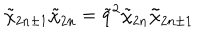
LaTeX: \tilde { \chi } _ { 2 n \pm 1 } \tilde { \chi } _ { 2 n } = \tilde { q } ^ { 2 } \tilde { \chi } _ { 2 n } \tilde { \chi } _ { 2 n \pm 1 }